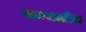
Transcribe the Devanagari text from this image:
समजातील